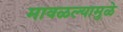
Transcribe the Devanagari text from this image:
मावळल्यामुळे